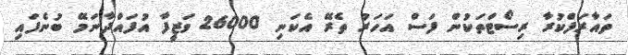
ތައާރަފްކުރާ ރިސޯޓްތަކުން ފަސް އަހަރު ތެރޭ އެކަނި 26000 ވަޒީފާ އުފައްދާނަމޭ ބުނެފައި